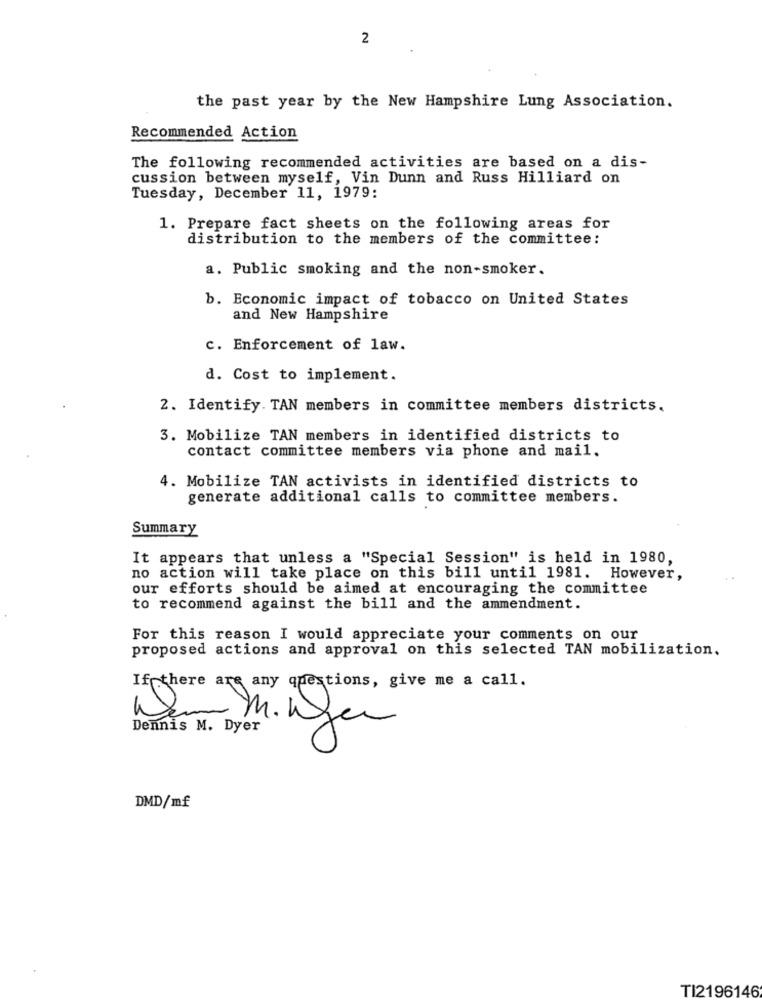
2
the past year by the New Hampshire Lung Association.
Recommended Action
The following recommended activities are based on a dis-
cussion between myself, Vin Dunn and Russ Hilliard on
Tuesday, December 11, 1979:
1. Prepare fact sheets on the following areas for
distribution to the members of the committee:
a. Public smoking and the non-smoker.
b. Economic impact of tobacco on United States
and New Hampshire
c. Enforcement of law.
d. Cost to implement.
2. Identify. TAN members in committee members districts.
3. Mobilize TAN members in identified districts to
contact committee members via phone and mail.
4. Mobilize TAN activists in identified districts to
generate additional calls to committee members.
Summary
It appears that unless a "Special Session" is held in 1980,
no action will take place on this bill until 1981. However,
our efforts should be aimed at encouraging the committee
to recommend against the bill and the ammendment.
For this reason I would appreciate your comments on our
proposed actions and approval on this selected TAN mobilization.
If there are any questions, give me a call.
3
Dennis M. Dyer
DMD/mf
TI2196146